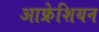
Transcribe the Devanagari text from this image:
आफ्रेशियन